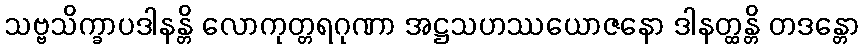
သဗ္ဗသိက္ခာပဒါနန္တိ လောကုတ္တရဂုဏာ အဋ္ဌသဟဿယောဇနော ဒါနတ္ထန္တိ တဒန္တော